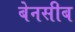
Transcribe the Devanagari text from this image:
बेनसीब